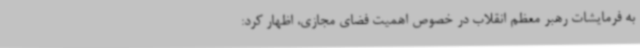
به فرمایشات رهبر معظم انقلاب در خصوص اهمیت فضای مجازی، اظهار کرد: